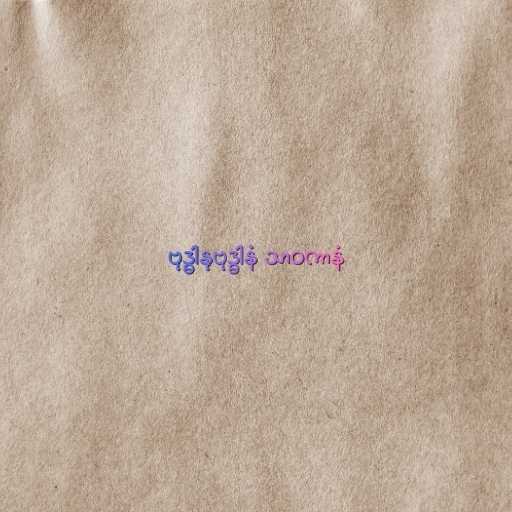
ဗုဒ္ဓါနုဗုဒ္ဓါနံ သာဝကာနံ